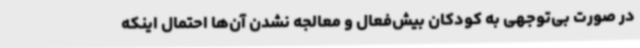
در صورت بی‌توجهی به کودکان بیش‌فعال و معالجه نشدن آن‌ها احتمال اینکه